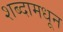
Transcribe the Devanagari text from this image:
शब्दामधून